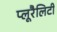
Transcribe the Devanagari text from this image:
प्लूरैलिटी